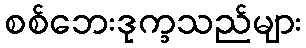
စစ်ဘေးဒုက္ခသည်များ